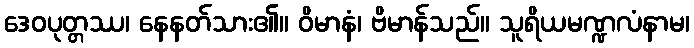
ဒေဝပုတ္တဿ၊ နေနတ်သား၏။ ဝိမာနံ၊ ဗိမာန်သည်။ သူရိယမဏ္ဍလံနာမ၊